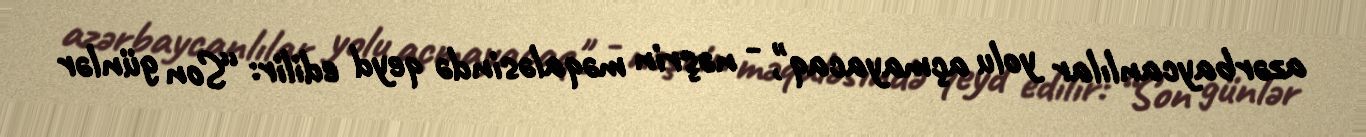
azərbaycanlılar yolu açmayacaq", - nəşrin məqaləsində qeyd edilir: “Son günlər